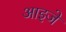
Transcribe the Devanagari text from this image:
आइजे